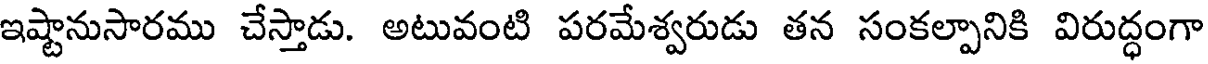
ఇష్టానుసారము చేస్తాడు. అటువంటి పరమేశ్వరుడు తన సంకల్పానికి విరుద్ధంగా